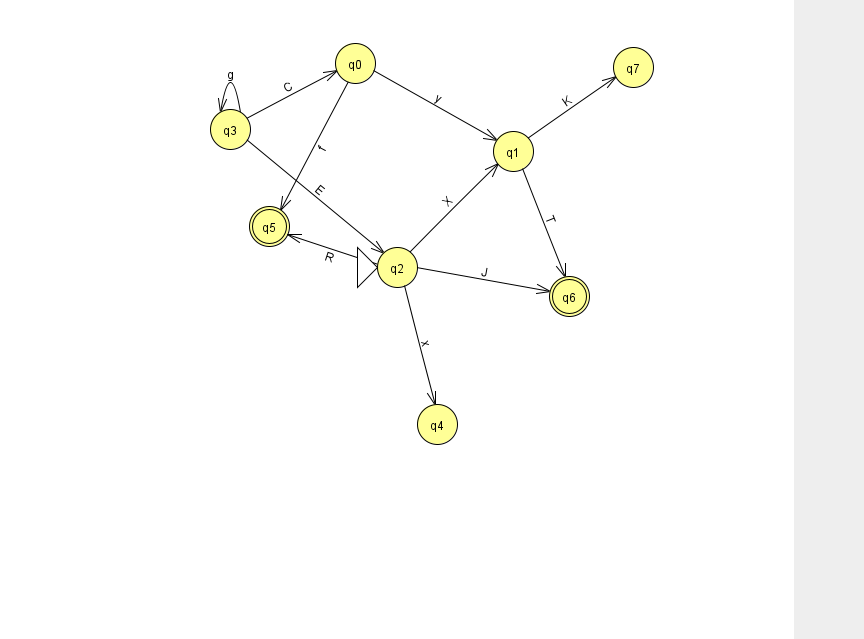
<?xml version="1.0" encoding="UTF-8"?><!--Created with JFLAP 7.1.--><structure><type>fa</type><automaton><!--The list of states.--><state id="0" name="q0"><x>355.0</x><y>50.0</y></state><state id="1" name="q1"><x>513.0</x><y>138.0</y></state><state id="2" name="q2"><x>397.0</x><y>254.0</y><initial/></state><state id="3" name="q3"><x>230.0</x><y>116.0</y></state><state id="4" name="q4"><x>437.0</x><y>411.0</y></state><state id="5" name="q5"><x>269.0</x><y>213.0</y><final/></state><state id="6" name="q6"><x>569.0</x><y>283.0</y><final/></state><state id="7" name="q7"><x>633.0</x><y>54.0</y></state><!--The list of transitions.--><transition><from>3</from><to>2</to><read>E</read></transition><transition><from>0</from><to>1</to><read>y</read></transition><transition><from>2</from><to>5</to><read>R</read></transition><transition><from>1</from><to>6</to><read>T</read></transition><transition><from>3</from><to>3</to><read>g</read></transition><transition><from>1</from><to>7</to><read>K</read></transition><transition><from>0</from><to>5</to><read>f</read></transition><transition><from>3</from><to>0</to><read>C</read></transition><transition><from>2</from><to>1</to><read>X</read></transition><transition><from>2</from><to>4</to><read>x</read></transition><transition><from>2</from><to>6</to><read>J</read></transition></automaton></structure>